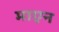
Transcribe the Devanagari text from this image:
माएन